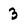
Character: 3